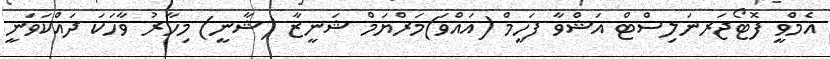
އެމްވީ ފޮޓޯޖަރނަލިސްޓް އަޝްވާ ފަހީމް (އައްވަ)މަރްޔަމް ޝަނީޒާ (ޝާނީ) މިހާރު ވާހަކަ ދައްކަވަނީ